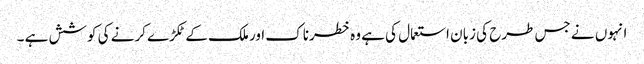
انہوں نے جس طرح کی زبان استعمال کی ہے وہ خطرناک اور ملک کے ٹکڑے کرنے کی کوشش ہے ۔